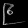
Digit: ၉